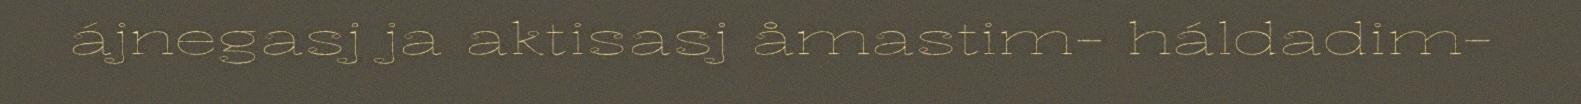
ájnegasj ja aktisasj åmastim- háldadim-